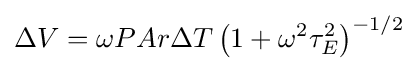
\Delta V=\omega PAr\Delta T\left(1+\omega ^{2}\tau _{E}^{2}\right)^{-1/2}